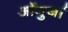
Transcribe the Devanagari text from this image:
ऑगुर्जा